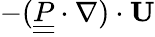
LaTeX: -(\underline{{\underline{{P}}}}\cdot\nabla)\cdot\mathbf{U}